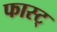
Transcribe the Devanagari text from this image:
फास्ट्